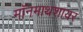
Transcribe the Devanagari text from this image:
मॉनमाथशायर